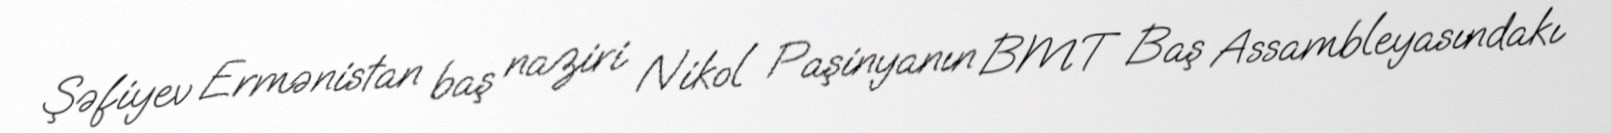
Şəfiyev Ermənistan baş naziri Nikol Paşinyanın BMT Baş Assambleyasındakı